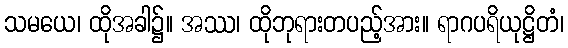
သမယေ၊ ထိုအခါ၌။ အဿ၊ ထိုဘုရားတပည့်အား။ ရာဂပရိယုဋ္ဌိတံ၊